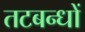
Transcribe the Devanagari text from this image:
तटबन्धों